Bréfritari: Sigríður Pálsdóttir
Viðtakandi: Páll Pálsson
Dagsetning: A-1845-04-29
Skrifað á: Síðumúla  Mýr.
Páll var bróðir Sigríðar

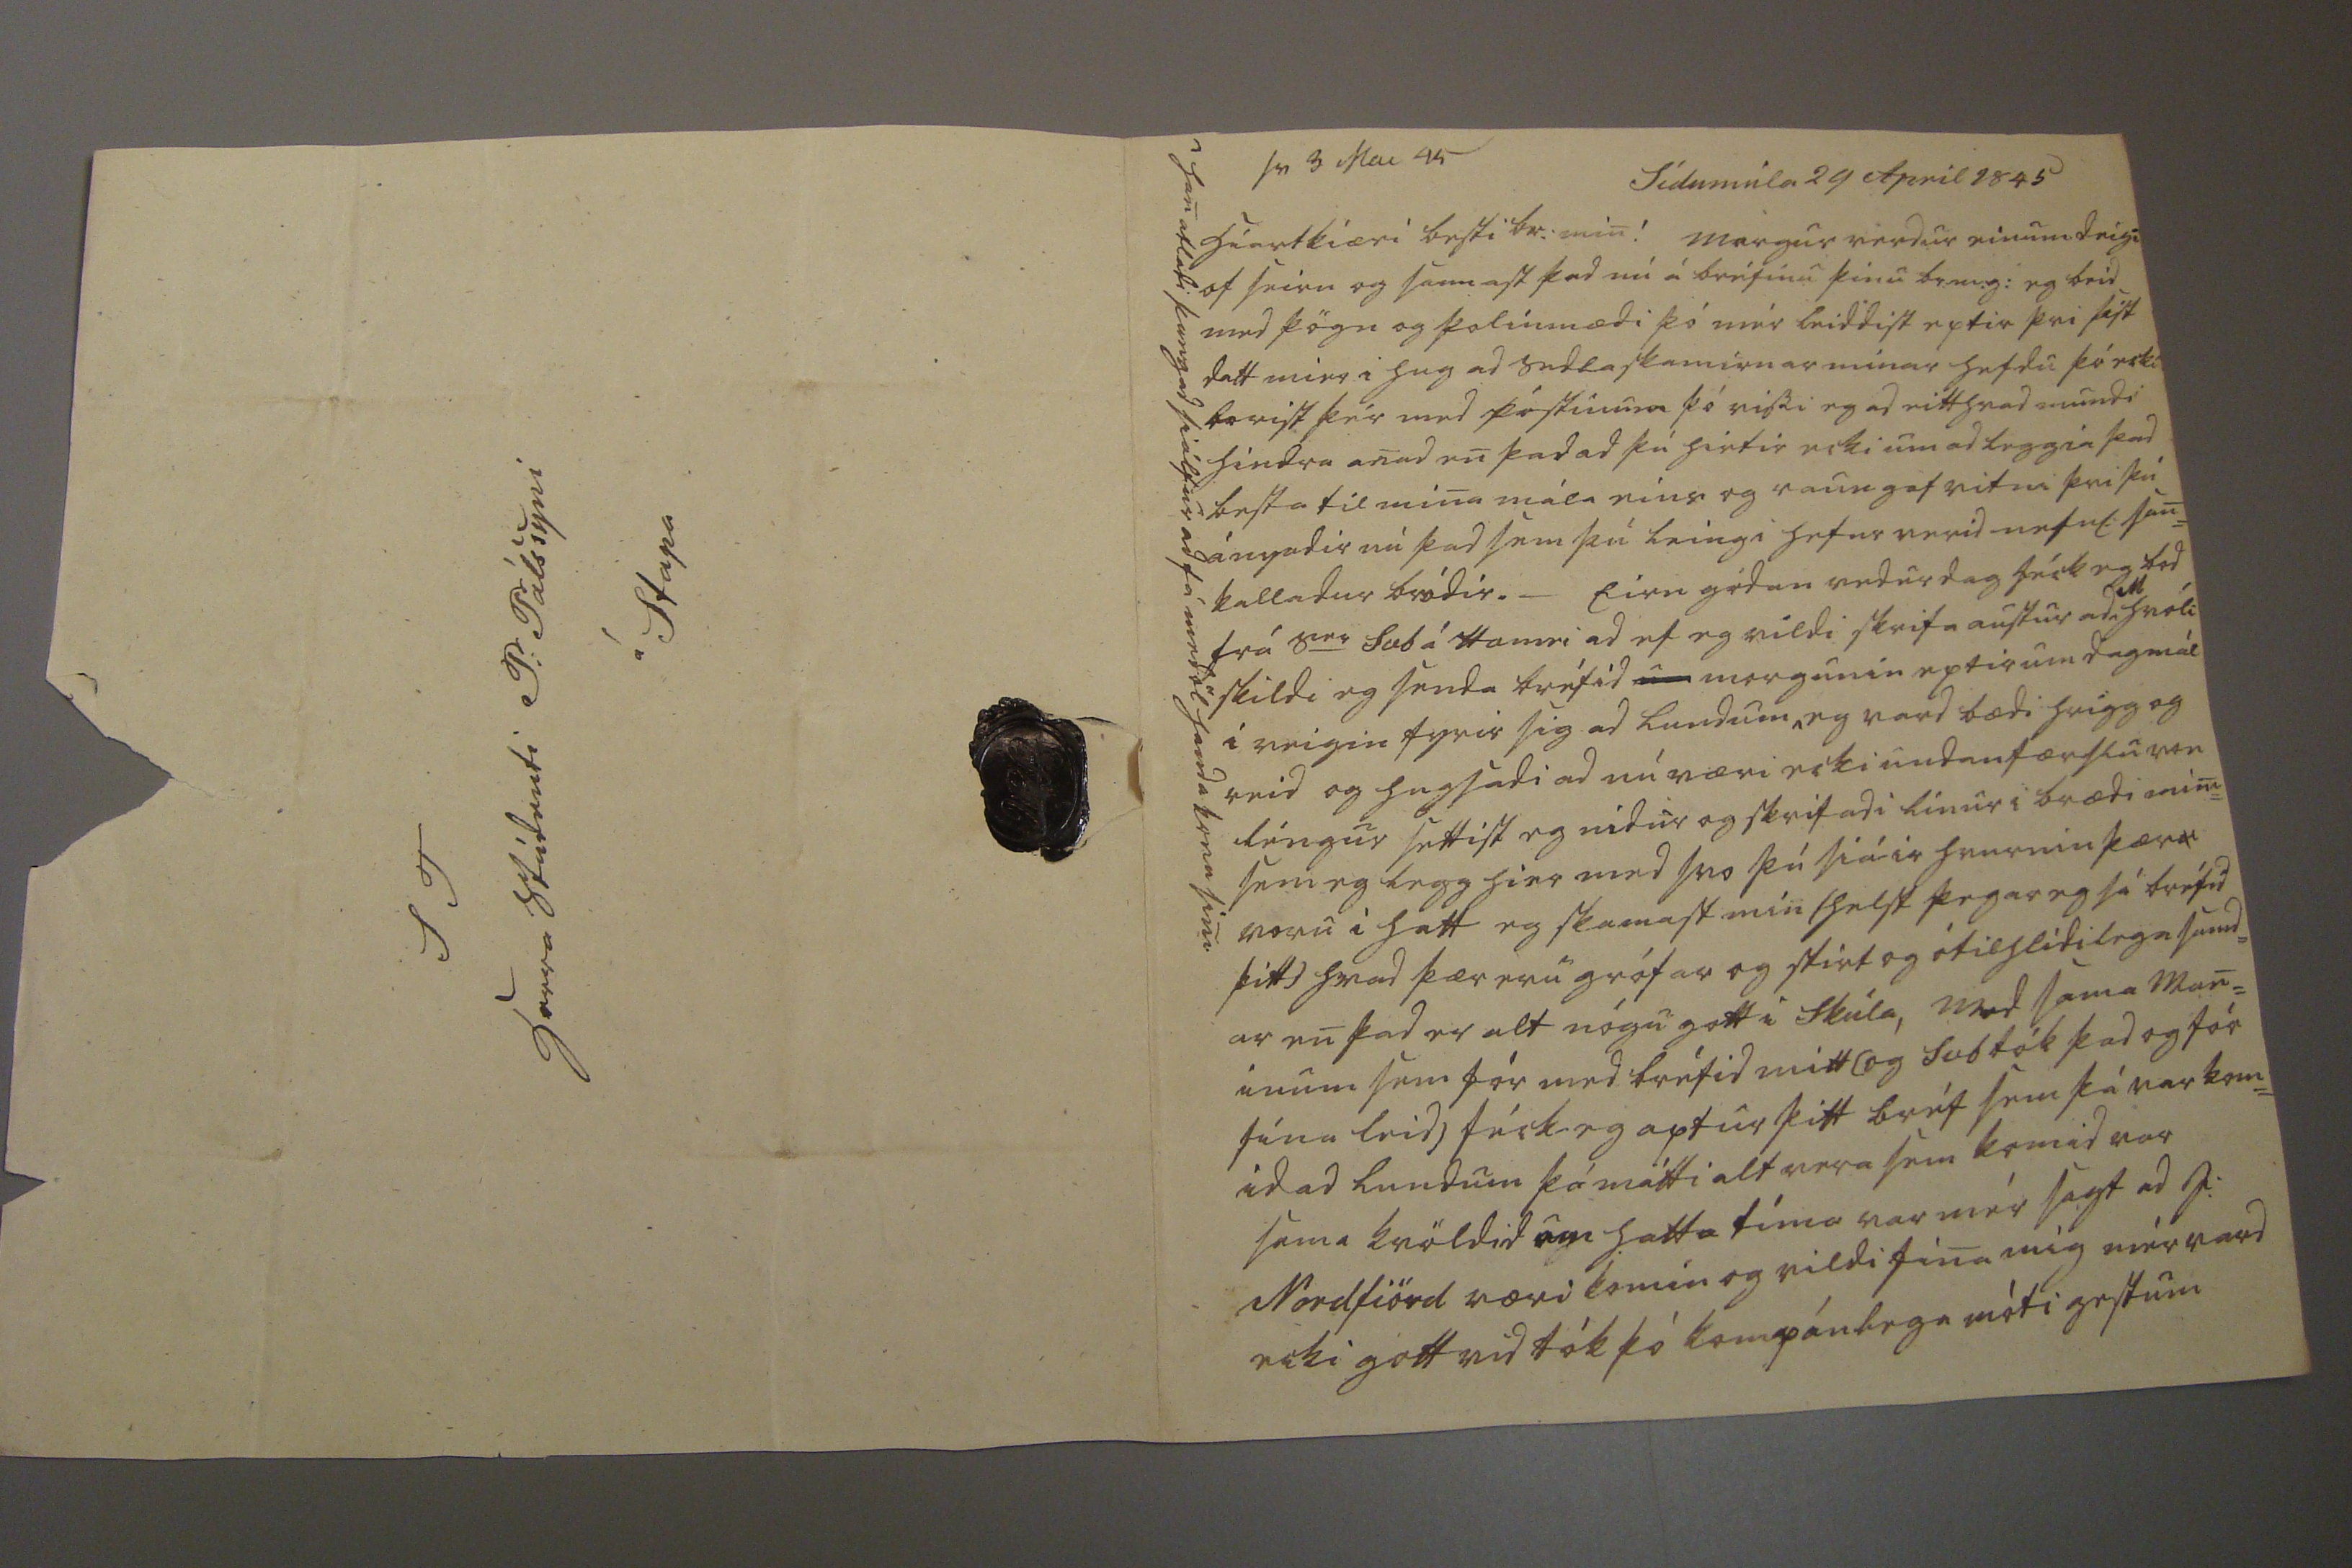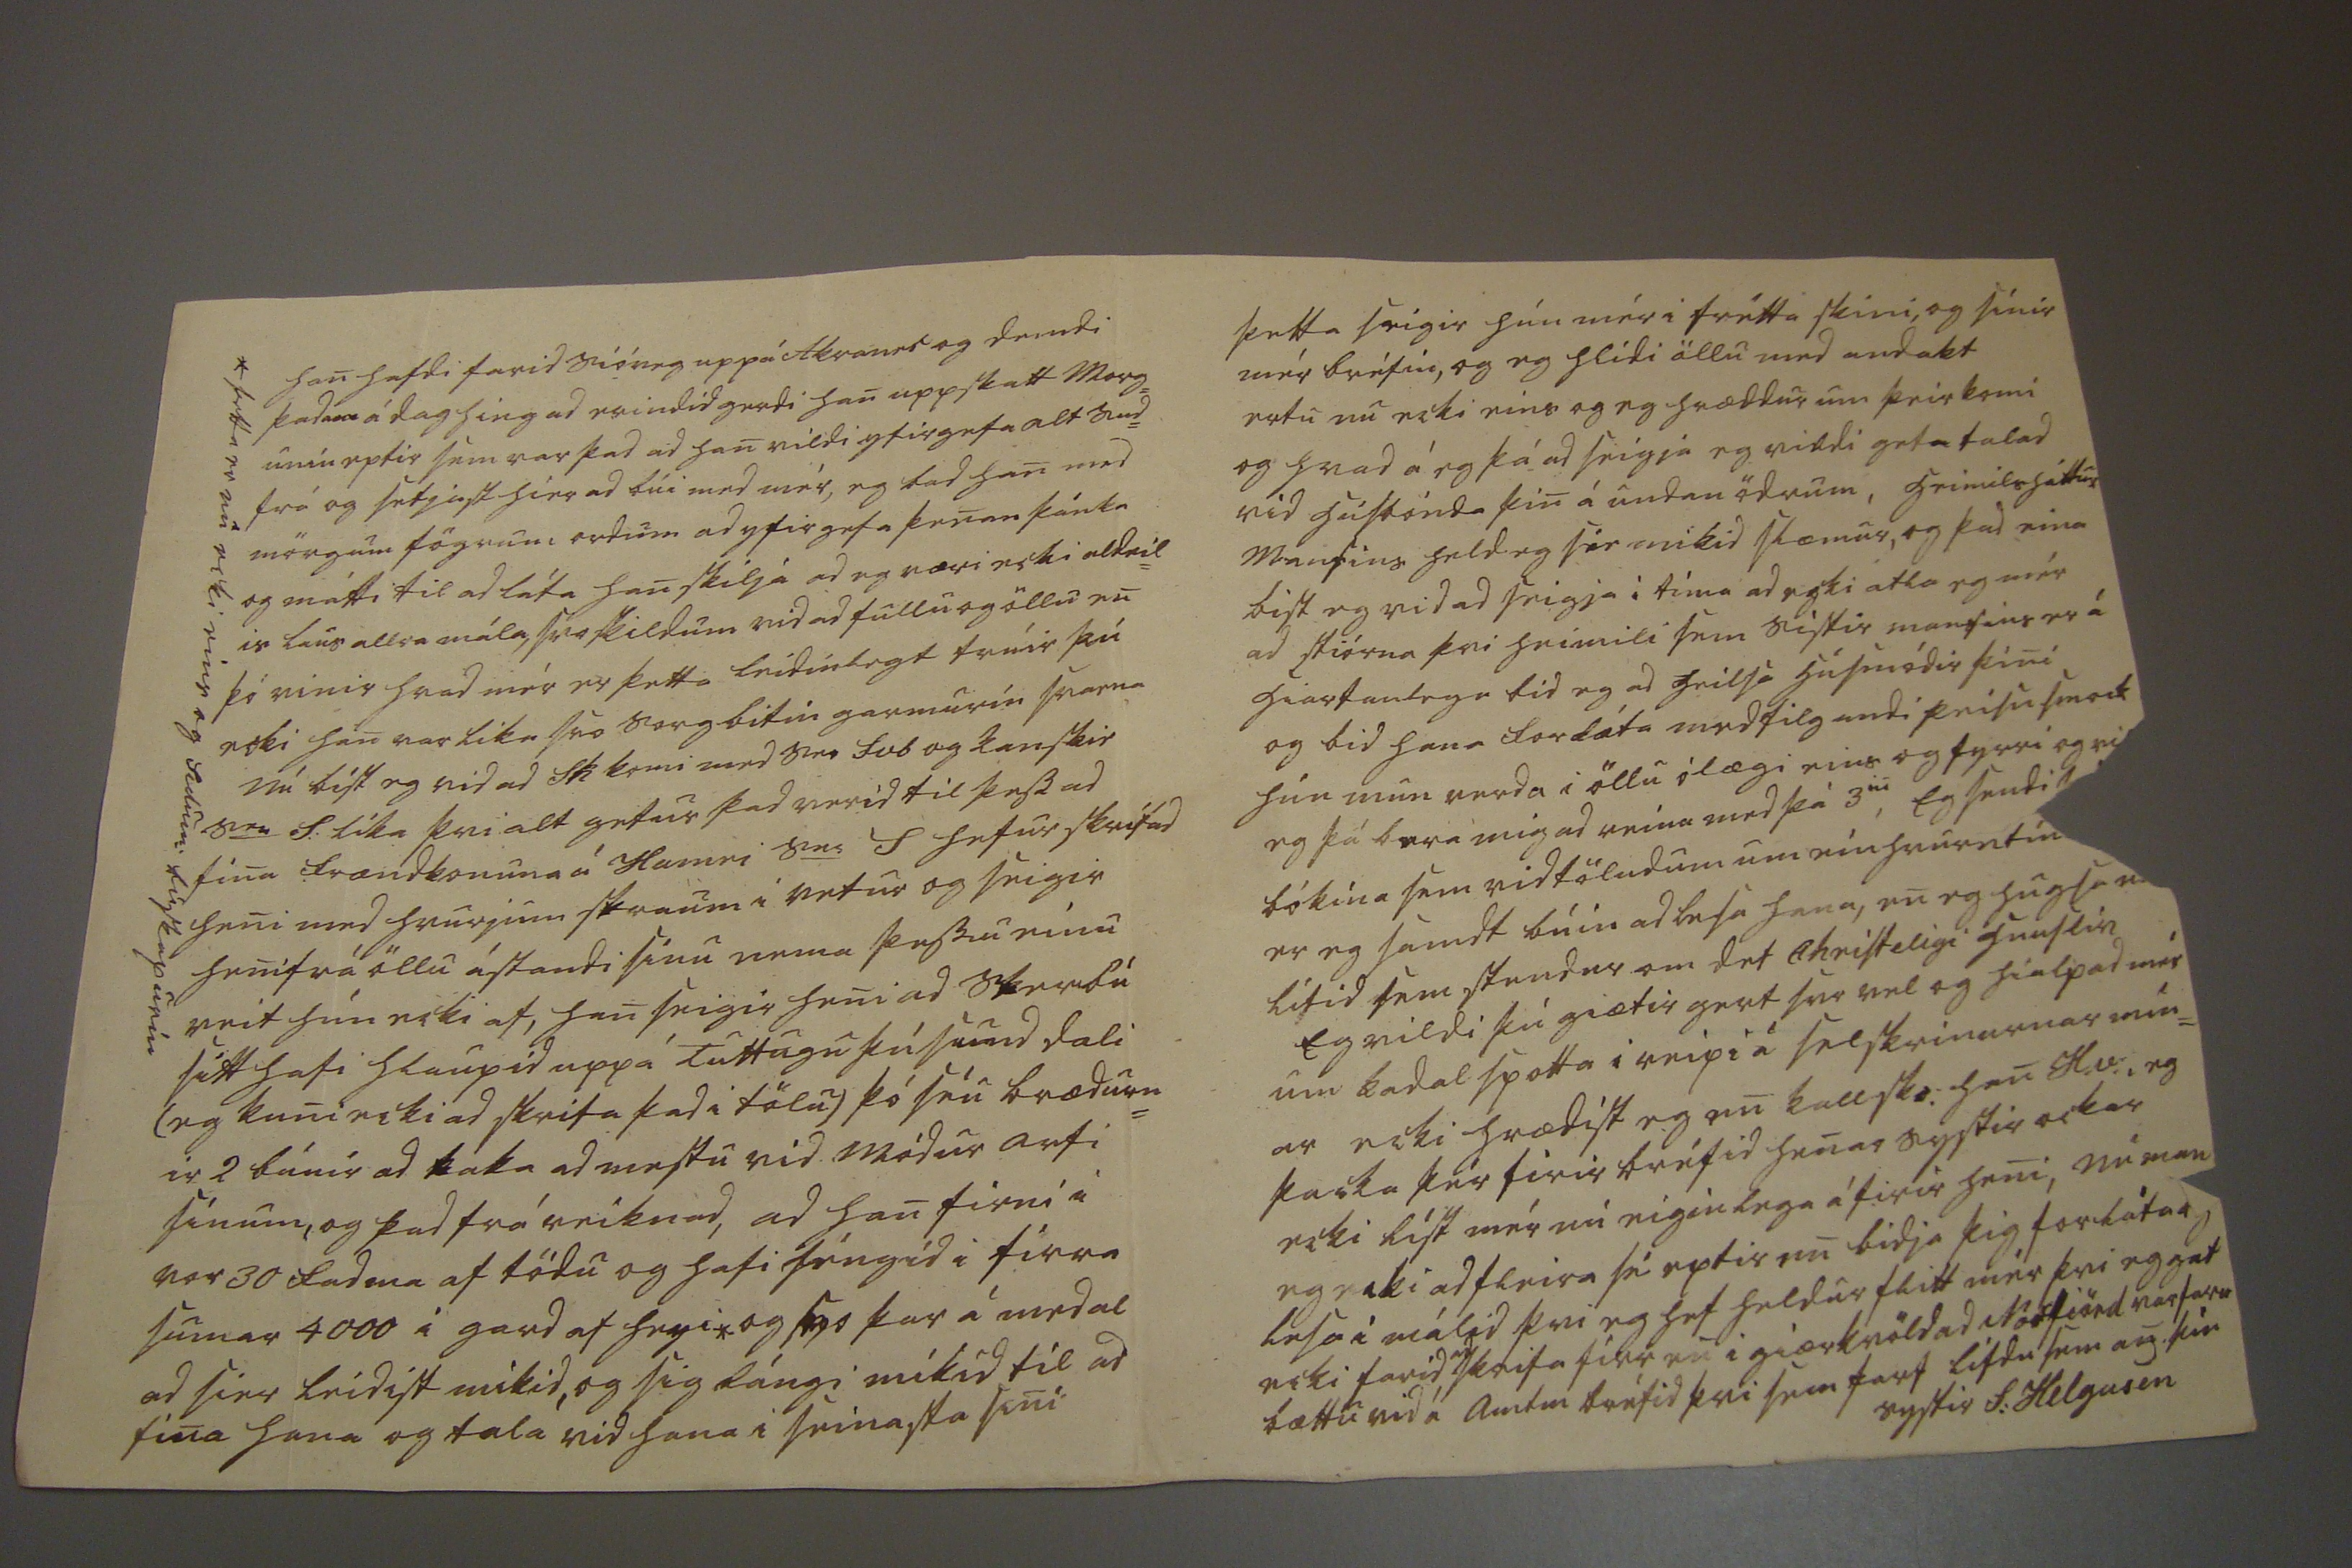

sv 3 Mai 45
Sídumúla 29 April 1845
Hiartkiæri besti br: min! margur verdur einum deigi of seirn og sannast þad nú á bréfinu þinu br:m.g: eg beid med þögn og þolinmædi þó mér leiddist eptir þvi sist datt mier i hug ad sedlaskamirnar mínar hefdi þó ecki borist þér med póstinum þó vissi eg ad eitthvad mundi hindra anad en þad ad þú hirtir ecki um ad leggia þad besta til mina mála eins og raun gaf vitni þvi þú ányadir nú þad sem þú leingi hefur verid nefnl: san= kalladur bródir._ Eirn gódan vedurdag féck eg bod frá S
er
Svb á Hamri ad ef eg vildi skrifa austur eda
ill
hvóli skildi eg senda bréfid
um
morgunin eptir um dagmál i veigin fyrir sig ad Lundum^ eg vard bædi hrigg og reid og hugsadi ad nú væri ecki undanfærslu von léngur settist eg nidur og skrifadi línur i bærdi mini= sem eg legg hier med svo þú siáir hvurnin þær
0
voru i hatt eg skamast mín (helst þegar eg sá bréfid þitt) hvad þær eru grófar og sirt og ótilhlídilega samd= ar en þad er alt nógu gott i Skúla, Med sama man= inum sem fór med bréfid mitt (og Svb tók þad og fór sína leid) féck eg aptur þitt bréf sem þá var kom= id ad Lundum þá mátti alt vera sem komid var sama kvöldid um hatta tíma var mér sagt ad J: Nordfiörd væri komin og vildi fina mig mér vard ecki gott vid tók þó kompánlega móti gestum
^han atladi þangad siálfur ad fá medöl handa konu sini
han hafdi farid Sióveg uppá
Hraunb
og demdi þadan á dag hingad erindid gerdi han uppskatt Morg= unin eptir sem var þad ad han vildi yfirgefa alt sud= frá og setjast hier ad búi med mér, eg bad han med mörgum fögrum ordum ad yfirgefa þenan þánka og mátti til ad láta han skilja ad eg væri ecki aldeil= is laus allra mála, svo skildum vid ad fullu og öllu en þó vinir hvad mér er þetta leidinlegt trúir þú ecki han var lika svo sorgbitin garmurin
svorna
Nú bíst eg vid ad Sk komi med Ser Svb og kanskie Ser S: líka þvi alt getur þad verid til þess ad fina frændkonuna á Hamri Ser S hefur skrifad heni med hvurjum
straum
i vetur og seigir heni frá öllu ástandi sínu nema þessu eina veit hún ecki af, han seigir heni ad skerbú sitt hafi hlaupid uppá Tuttugu þúsund dali (eg kuni ecki ad skrifa þad i tölu) þó séu brædurn= ir 2 búnir ad taka ad mestu vid módur arfi sínum, og þad frá reiknad, ad han firni i vor 30 fadma af tödu og hafi féngid i firra sumar 4000 i gard af heyi* og svo þar á medal ad sier leidist mikid, og sig lángi mikid til ad fina hana og tala vid hana i seinasta sini
* þetta er nu ecki eins og Sidum: búskapurin
þetta seigir hún mér i frétta skini, og sínir mér bréfin, og eg hlídi öllu med andakt ertu nú ecki eins og eg hræddur um þeir komi og hvad á eg þá ad seigja eg vildi geta talad vid húsbónda þin á undan ödrum, heimilsháttur Mansins held eg sie mikid slæmur, og þad eina bist eg vid ad seigja i tíma ad ecki atla eg mér ad stiórna þvi heimili sem sistir mansins er á hiartanlega bid eg ad heilsa húsmódir þini og bid hana forláta med filgandi peisusmock hún mun verda i öllu ólægi eins og fyrri og vil eg þá bera mig ad reina med þá 3
iu
, Eg sendi
s00
bókina sem vid töludum um einshvurn tí
m0
er eg samdt búin ad lesa hana, en eg hugsa n
u
lítid sem stendur
om det Christeligi hunslir
Eg vildi þú giætir gert svo vel og hialpad mér um kadal spotta i reipi á selskrinurnar min= ar ecki hrædist eg en kall
sko:
han H.v:, eg þacka þér firir bréfid henar systir ockar ecki líst mér nú eiginlega á firir heni, Nú mun eg ecki ad fleira sé eptir en bidja þig forláta og lesa i málid þvi eg hef heldur flitt mér þvi eg gat ecki farid
ad
skrifa firr en i giærkvöld ad Norfiörd var farin bættu vid á amtm bréfid þvi sem þarf
lifdu sem an þin systir S: Helgasen
S T herra Stúdenti P: Pálssyni á Stapa